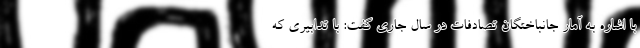
با اشاره به آمار جانباختگان تصادفات در سال جاری گفت: با تدابیری که